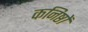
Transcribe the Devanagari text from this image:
कनिष्ठों